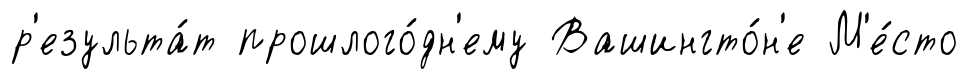
р'езульта́т прошлого́дн'ему Вашингто́н'е М'е́сто